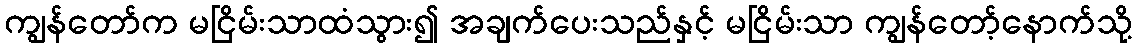
ကျွန်တော်က မငြိမ်းသာထံသွား၍ အချက်ပေးသည်နှင့် မငြိမ်းသာ ကျွန်တော့်နောက်သို့